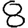
Digit: 8